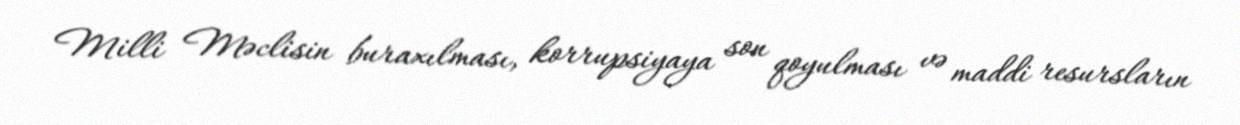
Milli Məclisin buraxılması, korrupsiyaya son qoyulması və maddi resursların